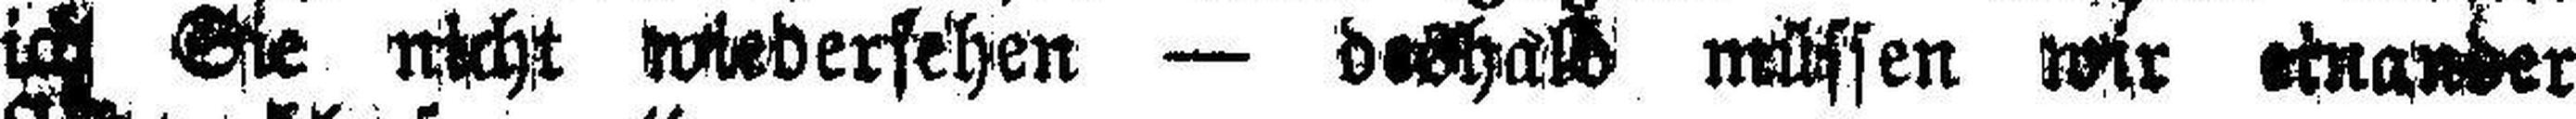
ich Sie nicht wiederfehen — deshalb müssen wir einander